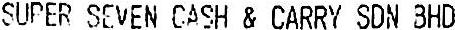
SUPER SEVEN CASH & CARRY SDN BHD